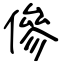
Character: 傪